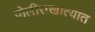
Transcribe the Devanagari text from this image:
पोलीसखात्यात